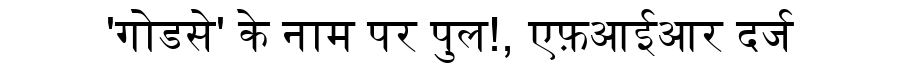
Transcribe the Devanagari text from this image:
'गोडसे' के नाम पर पुल!, एफ़आईआर दर्ज